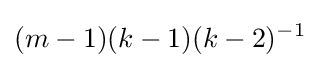
(m-1)(k-1)(k-2)^{-1}